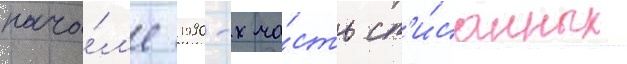
нача́л'е 1990-х ча́сть сп'и́санных